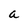
Character: a